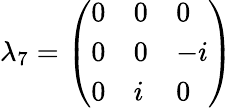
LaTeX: \lambda_{7}={\left(\begin{array}{lll}{0}&{0}&{0}\\ {0}&{0}&{-i}\\ {0}&{i}&{0}\end{array}\right)}